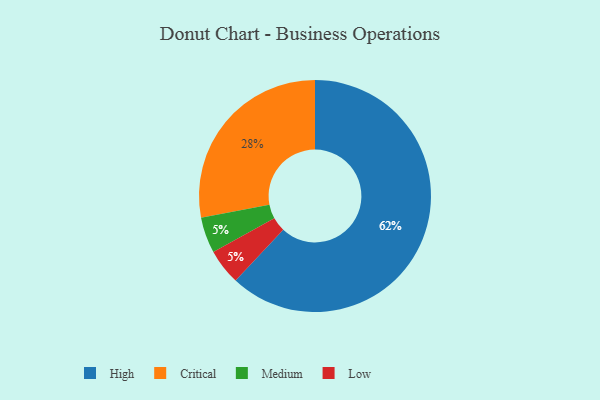
{"axis": {"x": "Category", "y": "Percentage"}, "legend": ["Critical", "High", "Low", "Medium"], "data": [{"x": "Medium", "y": 5, "type": "Medium"}, {"x": "Critical", "y": 28, "type": "Critical"}, {"x": "Low", "y": 5, "type": "Low"}, {"x": "High", "y": 62, "type": "High"}]}